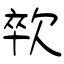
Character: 㰵